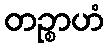
တဉ္စာဟံ